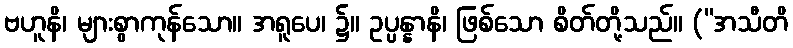
ဗဟူနိ၊ များစွာကုန်သော။ အရူပေ၊ ၌။ ဥပ္ပန္နာနိ၊ ဖြစ်သော စိတ်တို့သည်။ (“အသီတိ